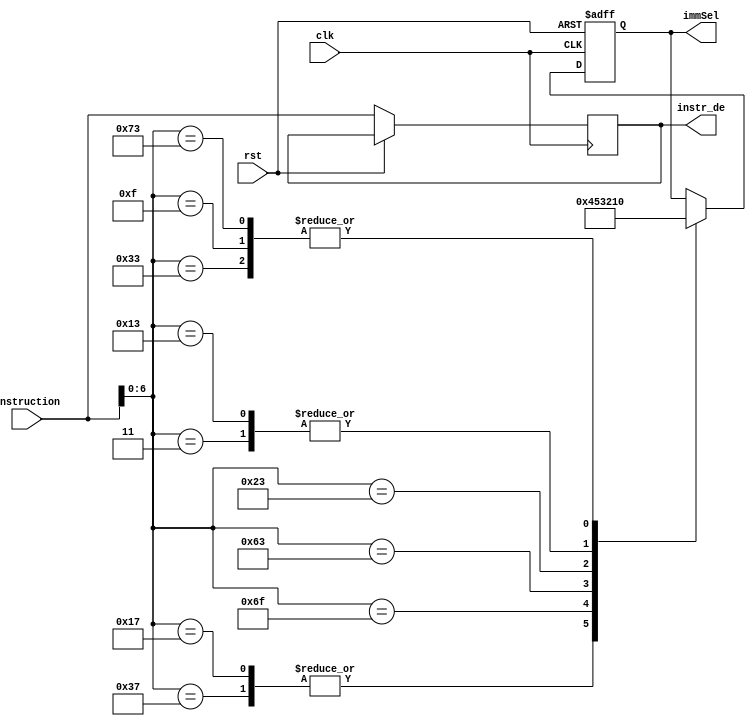
module fetch_ctl(
    input        clk,
    input        rst,
    input  [31:0] instruction,
    output  [3:0] immSel,
    output [31:0] instr_de 
);

reg  [3:0]  r_immSel   = 4'b0;
reg [31:0]  r_instr_de;

assign immSel   = r_immSel;
assign instr_de = r_instr_de;
always @(posedge(clk) or posedge(rst)) begin
    if (rst) begin
        r_immSel  <= 4'h4;
    end else begin      
        case (instruction[6:0])
            // LUI Instruction: 
            7'b0110111: begin
                r_immSel  <= 4'h4;
            end
            // AUIPC Instruction: 
            7'b0010111: begin
                r_immSel  <= 4'h4;
            end
            // JAL Instruction:
            7'b1101111: begin
                r_immSel  <= 4'h5;
            end
            // JALR Instruction:
            7'b1101111: begin
                r_immSel  <= 4'h1;
            end
            7'b1100011: begin
                // BEQ Instruction:
                // BNE Instruction
                //BLT Instruction
                //BGE Instruction
                //BLTU Instruction
                //BGEU Instruction
                r_immSel  <= 4'h3;
            end
            7'b0000011: begin
                //LB Instruction
                //LH Instruction
                //LW Instruction
                //LBU Instruction
                //LHU Instruction
                r_immSel  <= 4'h1;
            end
            7'b0100011: begin
                // SB Instruction
                // SH Instruction
                // SW Instruction
                r_immSel  <= 4'h2;
            end
            7'b0010011: begin
                // ADDI Instruction
                // SLTI Instruction
                // SLTIU Instruction
                // XORI Instruction
                // ORI Instruction
                // ANDI Instruction
                // SLLI Instruction
                // SRLI Instruction
                // SRAI Instruction
                r_immSel  <= 4'h1;
            end
            7'b0110011: begin
                // ADD Instruction
                // SUB Instruction
                // SLL Instruction
                // SLT Instruction
                // SLTU Instruction
                // XOR Instruction
                // SRA Instruction
                // OR Instruction
                // AND Instruction
                r_immSel  <= 4'h0;
            end
            //  FENCE Instruction
            7'b0001111: begin
                r_immSel  <= 4'h0;
            end
            7'b1110011: begin
                //  @todo
                //  ECALL Instruction
                //  EBREAK Instruction
                //7'h1: begin
                r_immSel  <= 4'h0;
            end
        endcase
        r_instr_de <= instruction;
    end
end
endmodule